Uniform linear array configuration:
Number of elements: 48
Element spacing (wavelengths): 0.25
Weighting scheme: binomial
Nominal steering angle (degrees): -30
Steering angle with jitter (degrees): -30.505
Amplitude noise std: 0.05
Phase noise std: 0.05

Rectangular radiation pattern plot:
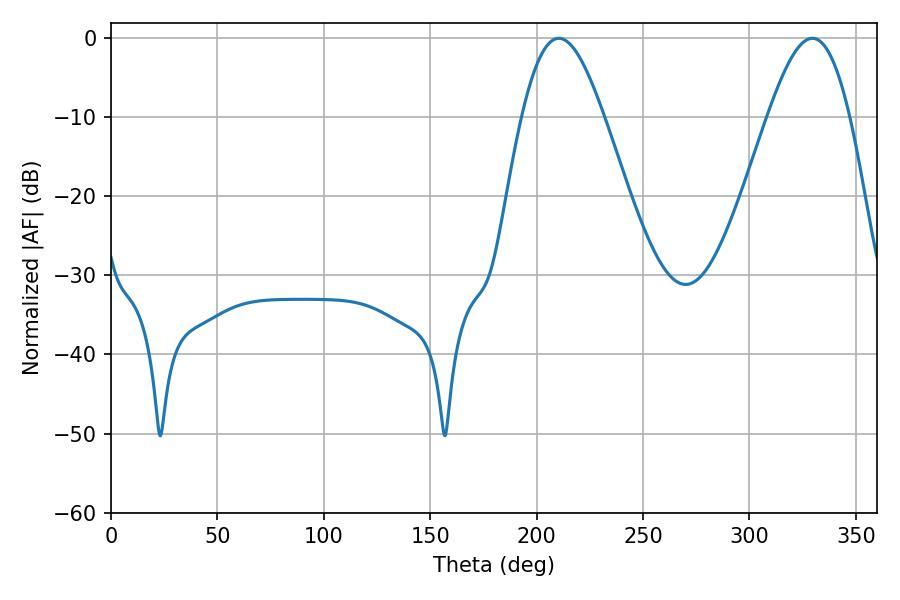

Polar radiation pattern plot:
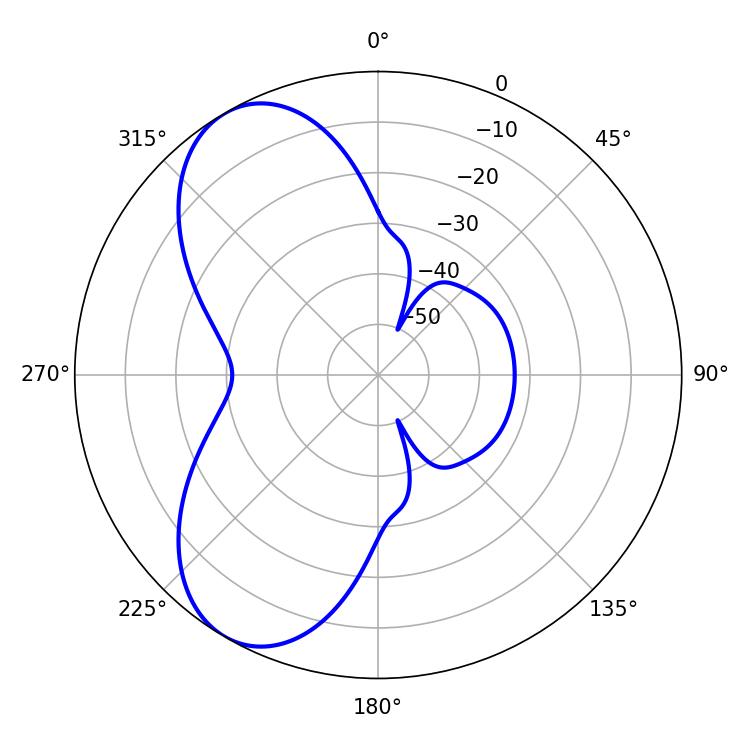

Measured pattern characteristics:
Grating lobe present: FALSE
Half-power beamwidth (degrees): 20.7
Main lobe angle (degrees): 210.42